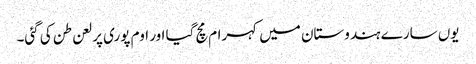
یوں سارے ہندوستان میں کہرام مچ گیا اور اوم پوری پر لعن طن کی گئی۔